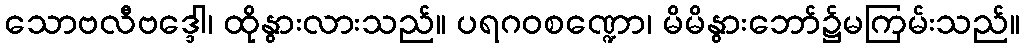
သောဗလီဗဒ္ဒေါ၊ ထိုနွားလားသည်။ ပရဂဝစဏ္ဍော၊ မိမိနွားဘော်၌မကြမ်းသည်။